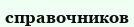
справочников